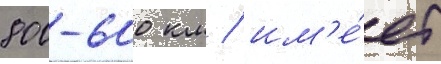
800-600 км / им'е́ет